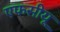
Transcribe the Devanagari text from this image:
एफसीयू